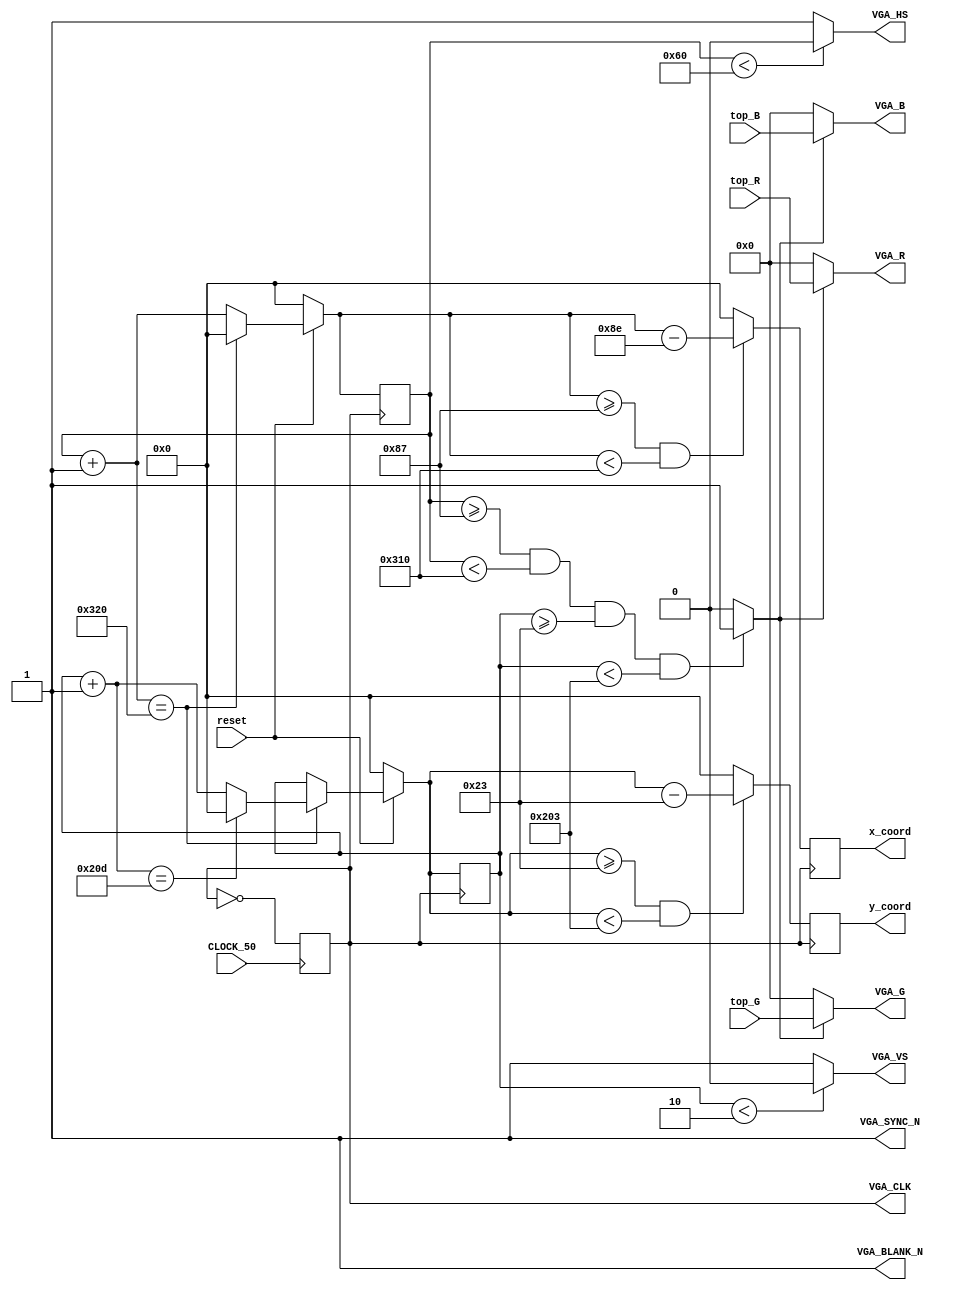
module vga(
    // Inputs da placa
    input CLOCK_50,
    input reset,

    // Input do top-module
    input [7:0] top_R,
    input [7:0] top_G,
    input [7:0] top_B,

    // Sinais para o Conversor Digital-Analgico
    output wire VGA_CLK,
    output [7:0] VGA_R,
    output [7:0] VGA_G,
    output [7:0] VGA_B,
    output VGA_SYNC_N,
    output VGA_BLANK_N,

    // Direto para o conector VGA
    output VGA_HS,
    output VGA_VS,

    // Para top-module
    output reg [10:0] x_coord,
    output reg [10:0] y_coord
);

    reg [10:0] h_counter;
    reg [10:0] v_counter;
    wire active_display;
    reg vga_clk_aux = 0;

    assign VGA_CLK = vga_clk_aux;
    assign VGA_BLANK_N = 1;
    assign VGA_SYNC_N = 1;
    assign VGA_HS = (h_counter < 96)? 0 : 1;
    assign VGA_VS = (v_counter < 2)? 0 : 1;
    assign active_display = ((h_counter >= 135) && (h_counter < 784) && (v_counter >= 35) && (v_counter < 515))? 1 : 0;

    assign VGA_R = (active_display)? top_R:0; 
    assign VGA_G = (active_display)? top_G:0;
    assign VGA_B = (active_display)? top_B:0;

  always @(posedge CLOCK_50) begin
      vga_clk_aux = !vga_clk_aux;
  end

  always @(posedge VGA_CLK) begin
    if (reset == 0) begin
      h_counter = 0;
      v_counter = 0;
    end

    else begin
      h_counter = h_counter + 1;
      if (h_counter == 800) begin
        h_counter = 0;
        v_counter = v_counter + 1;
        if (v_counter == 525)
          v_counter = 0;
      end
    end

    x_coord = ((h_counter >= 135) && (h_counter < 784))? h_counter - 142: 0;
    y_coord = ((v_counter >= 35) && (v_counter < 515))? v_counter - 35: 0;
  end

endmodule